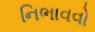
નિભાવવો